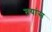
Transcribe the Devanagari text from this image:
तयांस